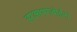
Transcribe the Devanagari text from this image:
हरआभगवोईना